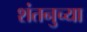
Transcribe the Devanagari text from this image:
शंतनुच्या